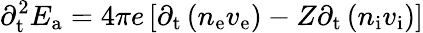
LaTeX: {\partial_{\mathrm{t}}^{2}}E_{\mathrm{a}}=4\pi e\left[{\partial_{\mathrm{t}}}\left(n_{\mathrm{e}}v_{\mathrm{e}}\right)-Z{\partial_{\mathrm{t}}}\left(n_{\mathrm{i}}v_{\mathrm{i}}\right)\right]